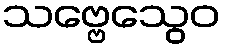
သဗ္ဗေသွေဝ